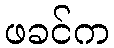
ဖခင်က